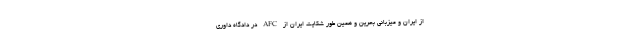
از ایران و میزبانی بحرین و همین طور شکایت ایران از AFC در دادگاه داوری